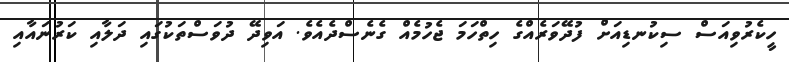
ހީކެރުވިއަސް ސިކުނޑިއަށް ފުދޭވަރެއްގެ ހިތްހަމަ ޖެހުމެއް ގެނެސްދެއެވެ. އަވިދޭ ދުވަސްތަކުގައި ދަލާއި ކަރުނައާއި